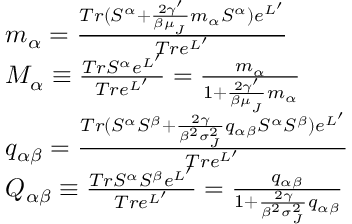
\begin{array} { r l } & { m _ { \alpha } = \frac { T r ( S ^ { \alpha } + \frac { 2 \gamma ^ { \prime } } { \beta \mu _ { _ { J } } } m _ { \alpha } S ^ { \alpha } ) e ^ { L ^ { \prime } } } { T r e ^ { L ^ { \prime } } } } \\ & { M _ { \alpha } \equiv \frac { T r S ^ { \alpha } e ^ { L ^ { \prime } } } { T r e ^ { L ^ { \prime } } } = \frac { m _ { \alpha } } { 1 + \frac { 2 \gamma ^ { \prime } } { \beta \mu _ { _ { J } } } m _ { \alpha } } } \\ & { q _ { \alpha \beta } = \frac { T r ( S ^ { \alpha } S ^ { \beta } + \frac { 2 \gamma } { \beta ^ { 2 } \sigma _ { _ { J } } ^ { 2 } } q _ { \alpha \beta } S ^ { \alpha } S ^ { \beta } ) e ^ { L ^ { \prime } } } { T r e ^ { L ^ { \prime } } } } \\ & { Q _ { \alpha \beta } \equiv \frac { T r S ^ { \alpha } S ^ { \beta } e ^ { L ^ { \prime } } } { T r e ^ { L ^ { \prime } } } = \frac { q _ { \alpha \beta } } { 1 + \frac { 2 \gamma } { \beta ^ { 2 } \sigma _ { _ { J } } ^ { 2 } } q _ { \alpha \beta } } } \end{array}